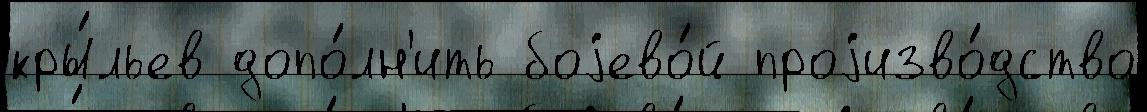
кры́льев допо́лн'ить боjево́й проjизво́дство